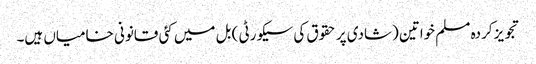
تجویز کردہ مسلم خواتین (شادی پر حقوق کی سیکورٹی ) بل میں کئی قانونی خامیاں ہیں۔